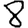
Digit: 8